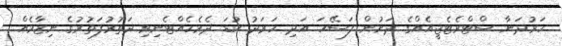
ހަރުދަނާ ސްޓްރެޓެޖީއެއްގެ ދަށުން ފަސޭހަ އަދި ހަރަދު ކުޑަ ދެމެހެއްޓެނިވި ދަތުރުފަތުރުގެ ނިޒާމެއް